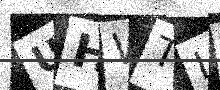
Text: UHWTLZ